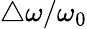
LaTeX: \triangle\omega/\omega_{0}